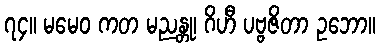
၇၄။ မမေဝ ကတ မညန္တု၊ ဂိဟီ ပဗ္ဗဇိတာ ဥဘော။